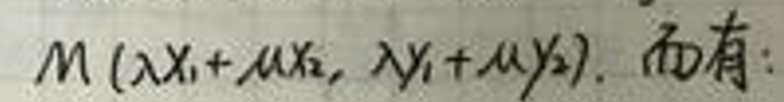
\(M(\lambda x_{1}+\mu x_{2},\lambda y_{1}+\mu y_{2}).\)而有: